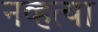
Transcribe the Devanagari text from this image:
नव्‍हत्‍या